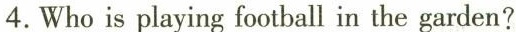
4.Who is playing football in the garden?